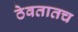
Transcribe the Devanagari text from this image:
ठेवतातच